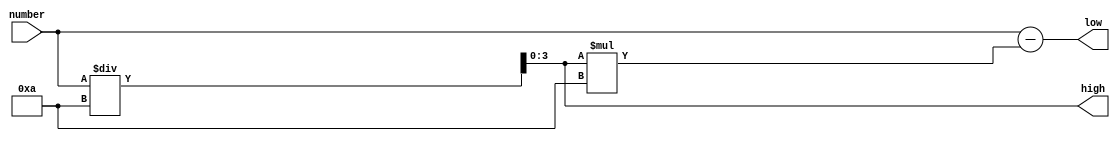
module number_split(number,
               high, low);
    input [3:0] number;
    output [3:0] high, low;
    reg [3:0] high;
    reg [3:0] low;
    
    always@(*)
	    begin
            high = number / 10;
            low = number - high * 10;
	    end
endmodule